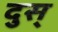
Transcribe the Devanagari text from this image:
दुस्